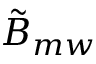
\tilde { B } _ { m w }